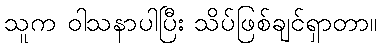
သူက ဝါသနာပါပြီး သိပ်ဖြစ်ချင်ရှာတာ။